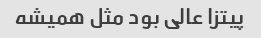
پیتزا عالی بود مثل همیشه